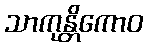
သာကုန္တိကောဝ